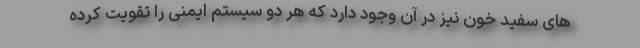
های سفید خون نیز در آن وجود دارد که هر دو سیستم ایمنی را تقویت کرده